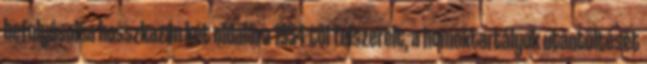
befolyásolta hosszkazán két oldalára 1954-től felszerelt, a homoktartályok utántöltését